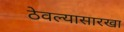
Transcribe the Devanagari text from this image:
ठेवल्यासारखा